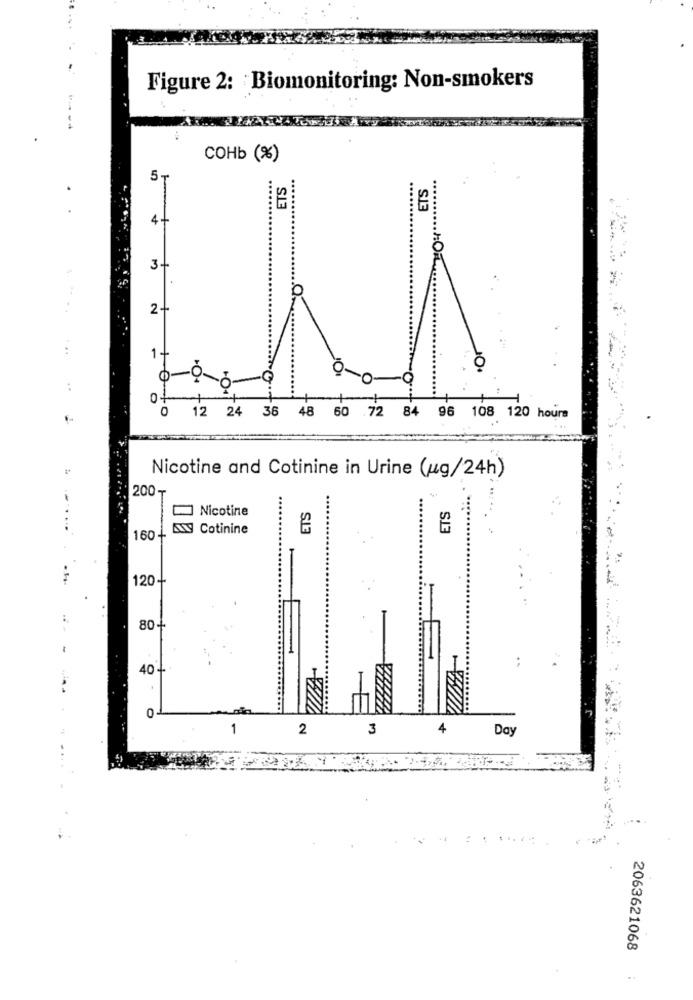
Figure 2: Biomonitoring: Non-smokers
COHb (%)
5₸
ETS
...
.......
SI3
4-
O
3-
2+
1 0 to
12 24 36 48 60 72 84 96 108 120 hours
Nicotine and Cotinine in Urine (ug/24h)
200-
ETS
Nicotine
ETS
ANY Cotinine
160+
120+
80+
40
0
1
2
3
4
Day
..
2063621068